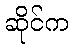
ဆိုင်က